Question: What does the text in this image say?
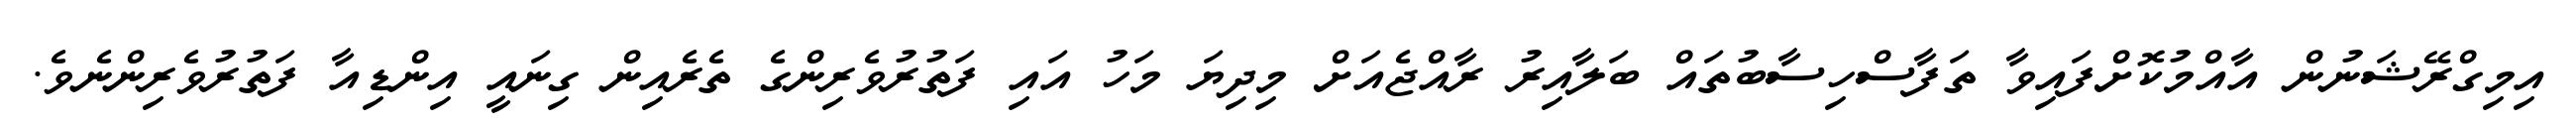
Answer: އިމިގްރޭޝަނުން އާއްމުކޮށްފައިވާ ތަފާސްހިސާބުތައް ބަލާއިރު ރާއްޖެއަށް މިދިޔަ މަހު އައި ފަތުރުވެރިންގެ ތެރެއިން ގިނައީ އިންޑިއާ ފަތުރުވެރިންނެވެ.